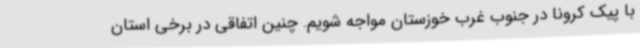
با پیک کرونا در جنوب غرب خوزستان مواجه شویم. چنین اتفاقی در برخی استان